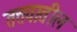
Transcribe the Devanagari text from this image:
तत्तवातील